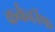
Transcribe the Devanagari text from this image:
कर्कहॉफ